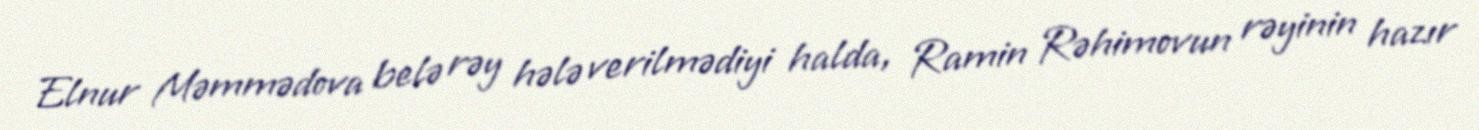
Elnur Məmmədova belə rəy hələ verilmədiyi halda, Ramin Rəhimovun rəyinin hazır